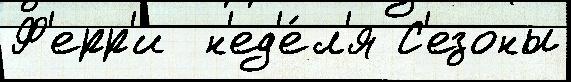
Ф'ерр'и  н'ед'е́л'я С'езоны